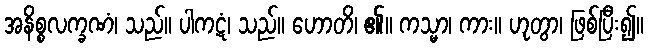
အနိစ္စလက္ခဏံ၊ သည်။ ပါကဋံ၊ သည်။ ဟောတိ၊ ၏။ ကသ္မာ၊ ကား။ ဟုတွာ၊ ဖြစ်ပြီး၍။